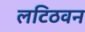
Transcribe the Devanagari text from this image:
लटिठवन